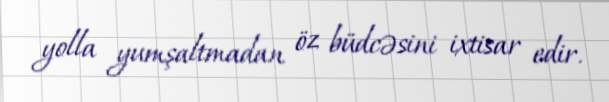
yolla yumşaltmadan öz büdcəsini ixtisar edir.